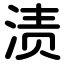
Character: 渍